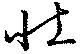
壮